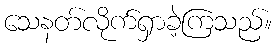
သေနတ်လိုက်ရှာခဲ့ကြသည်။